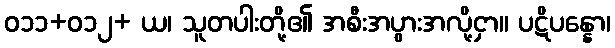
ဝ၁၁+၀၁၂+ ယ၊ သူတပါးတို့၏ အစီးအပွားအလို့ငှာ။ ပဋိပန္နော၊